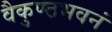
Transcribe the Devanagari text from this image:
वैकुण्ठभवनं